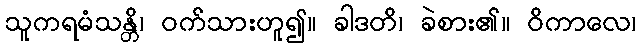
သူကရမံသန္တိ၊ ဝက်သားဟူ၍။ ခါဒတိ၊ ခဲစား၏။ ဝိကာလေ၊